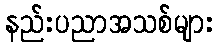
နည်းပညာအသစ်များ